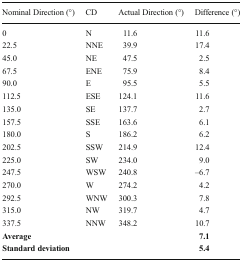
<table><thead><tr><td><b>Nominal Direction (°)</b></td><td><b>CD</b></td><td><b>Actual Direction (°)</b></td><td><b>Difference (°)</b></td></tr></thead><tbody><tr><td>0</td><td>N</td><td>11.6</td><td>11.6</td></tr><tr><td>22.5</td><td>NNE</td><td>39.9</td><td>17.4</td></tr><tr><td>45.0</td><td>NE</td><td>47.5</td><td>2.5</td></tr><tr><td>67.5</td><td>ENE</td><td>75.9</td><td>8.4</td></tr><tr><td>90.0</td><td>E</td><td>95.5</td><td>5.5</td></tr><tr><td>112.5</td><td>ESE</td><td>124.1</td><td>11.6</td></tr><tr><td>135.0</td><td>SE</td><td>137.7</td><td>2.7</td></tr><tr><td>157.5</td><td>SSE</td><td>163.6</td><td>6.1</td></tr><tr><td>180.0</td><td>S</td><td>186.2</td><td>6.2</td></tr><tr><td>202.5</td><td>SSW</td><td>214.9</td><td>12.4</td></tr><tr><td>225.0</td><td>SW</td><td>234.0</td><td>9.0</td></tr><tr><td>247.5</td><td>WSW</td><td>240.8</td><td>–6.7</td></tr><tr><td>270.0</td><td>W</td><td>274.2</td><td>4.2</td></tr><tr><td>292.5</td><td>WNW</td><td>300.3</td><td>7.8</td></tr><tr><td>315.0</td><td>NW</td><td>319.7</td><td>4.7</td></tr><tr><td>337.5</td><td>NNW</td><td>348.2</td><td>10.7</td></tr><tr><td><b>Average</b></td><td></td><td></td><td><b>7.1</b></td></tr><tr><td><b>Standard deviation</b></td><td></td><td></td><td><b>5.4</b></td></tr></tbody></table>